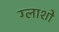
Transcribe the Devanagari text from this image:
ग्लाशो